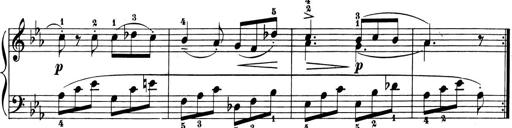
Title: 6 Piano Sonatinas
Composer: Cornelius Gurlitt